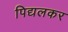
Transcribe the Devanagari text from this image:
पिद्यलकर